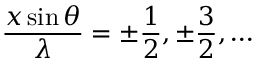
{ \frac { x \sin \theta } { \lambda } } = \pm { \frac { 1 } { 2 } } , \pm { \frac { 3 } { 2 } } , \ldots